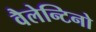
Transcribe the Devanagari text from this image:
वैलेन्टिनो